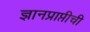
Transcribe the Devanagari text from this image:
ज्ञानप्राप्तीची